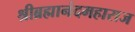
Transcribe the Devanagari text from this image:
श्रीब्रह्मानंदमहाराज